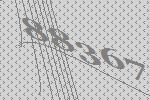
88367